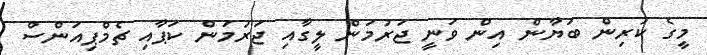
މީގެ ކުރިން ބަޔާން އިން ވަނީ ޖަރުމަން ލީގާއި ޖަރުމަން ކަޕާއި ޗެމްޕިއަންސް